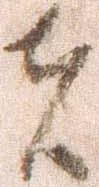
者